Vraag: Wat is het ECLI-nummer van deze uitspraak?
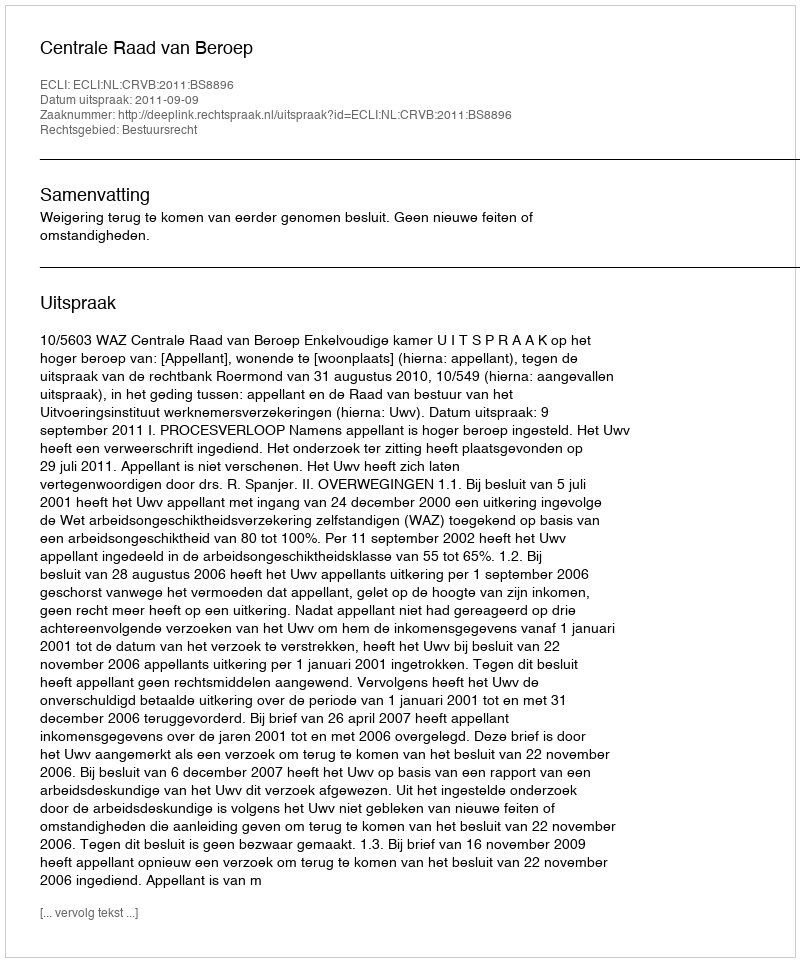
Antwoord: ECLI:NL:CRVB:2011:BS8896